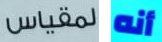
لمقباس أنه